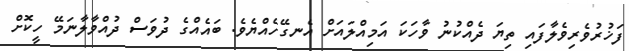
ފަޚުރުވެރިވެލާފައި ތިޔަ ދެއްކުނު ވާހަކަ އަމިއްލައަށް އެނގޭހެއްޔެވެ. ބައެއްގެ ދުވަސް ދުއްވާލާނަމޭ ހީކޮށް